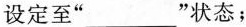
设定至”___”状态；